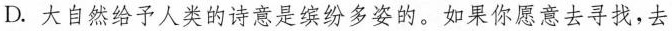
D.大自然给予人类的诗意是缤纷多姿的。如果你愿意去寻找，去